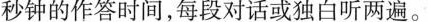
秒钟的作答时间,每段对话或独白听两遍。